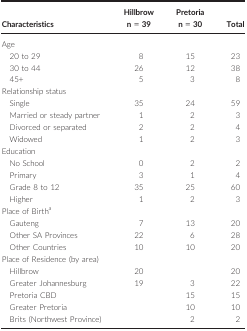
| Characteristics | Hillbrow n = 39 | Pretoria n = 30 | Total |
 | --- | --- | --- | --- |
 | <COLSPAN=4> Age |
 | 20 to 29 | 8 | 15 | 23 |
 | 30 to 44 | 26 | 12 | 38 |
 | 45+ | 5 | 3 | 8 |
 | <COLSPAN=4> Relationship status |
 | Single | 35 | 24 | 59 |
 | Married or steady partner | 1 | 2 | 3 |
 | Divorced or separated | 2 | 2 | 4 |
 | Widowed | 1 | 2 | 3 |
 | <COLSPAN=4> Education |
 | No School | 0 | 2 | 2 |
 | Primary | 3 | 1 | 4 |
 | Grade 8 to 12 | 35 | 25 | 60 |
 | Higher | 1 | 2 | 3 |
 | <COLSPAN=4> Place of Birtha |
 | Gauteng | 7 | 13 | 20 |
 | Other SA Provinces | 22 | 6 | 28 |
 | Other Countries | 10 | 10 | 20 |
 | <COLSPAN=4> Place of Residence (by area) |
 | Hillbrow | 20 |  | 20 |
 | Greater Johannesburg | 19 | 3 | 22 |
 | Pretoria CBD |  | 15 | 15 |
 | Greater Pretoria |  | 10 | 10 |
 | Brits (Northwest Province) |  | 2 | 2 |